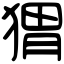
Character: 猬